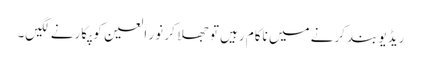
ریڈیو بند کرنے میں ناکام رہیں تو جھلا کر نور العین کو پکارنے لگیں۔